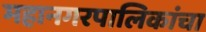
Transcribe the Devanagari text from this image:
महानगरपालिकांचा